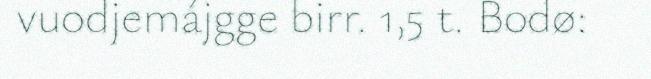
vuodjemájgge birr. 1,5 t. Bodø: